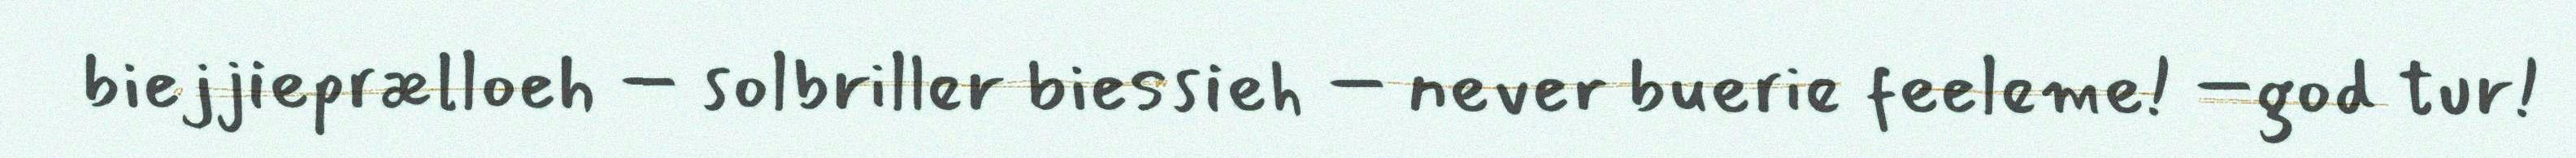
biejjieprælloeh – solbriller biessieh – never buerie feeleme! –god tur!